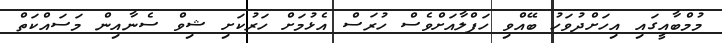
މުމްބާއީގައި އިހަށްދުވަހު ބޭއްވި ހަފްލާއަށްވެސް ހުރަސް އެޅުމަށް ހަރުކަށި ޝިވް ސެނާއިން މަސައްކަތް